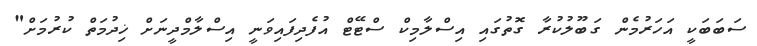
ސަބަބަކީ އަހަރުމެން ގަބޫލުކުރާ ގޮތުގައި އިސްލާމިކް ސްޓޭޓް އުފެދިފައިވަނީ އިސްލާމްދީނަށް ޚިދުމަތް ކުރުމަށް"